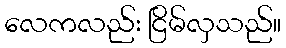
လေကလည်း ငြိမ်လှသည်။